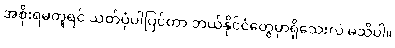
အစိုးရမတူရင် သတ်ပုံပါပြင်တာ ဘယ်နိုင်ငံတွေမှာရှိသေးလဲ မသိပါ။